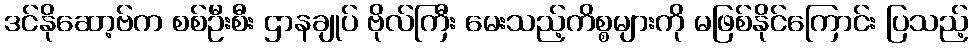
ဒင်နိုဆော့ဗ်က စစ်ဦးစီး ဌာနချုပ် ဗိုလ်ကြီး မေးသည့်ကိစ္စများကို မဖြစ်နိုင်ကြောင်း ပြသည့်